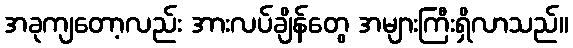
အခုကျတော့လည်း အားလပ်ချိန်တွေ အများကြီးရှိလာသည်။